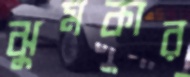
ঝুমকার